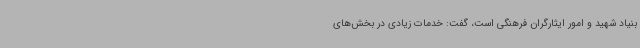
بنیاد شهید و امور ایثارگران فرهنگی است، گفت: خدمات زیادی در بخش‌های